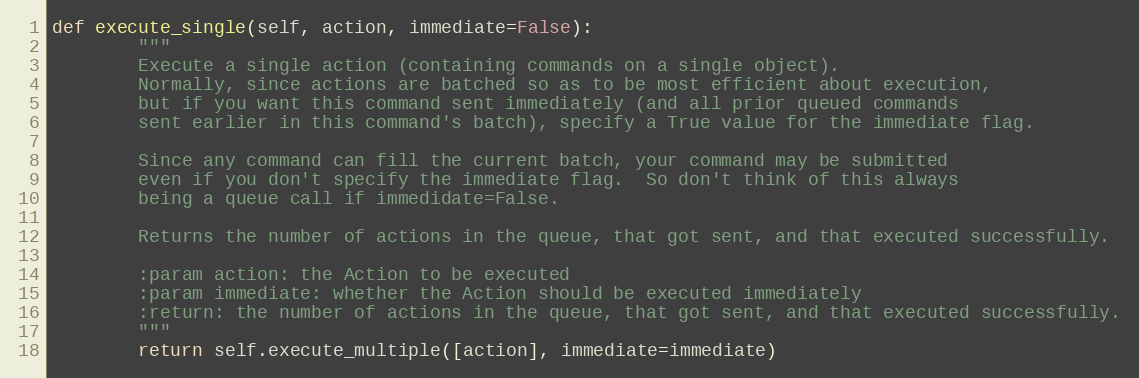
Language: Python
def execute_single(self, action, immediate=False):
        """
        Execute a single action (containing commands on a single object).
        Normally, since actions are batched so as to be most efficient about execution,
        but if you want this command sent immediately (and all prior queued commands
        sent earlier in this command's batch), specify a True value for the immediate flag.

        Since any command can fill the current batch, your command may be submitted
        even if you don't specify the immediate flag.  So don't think of this always
        being a queue call if immedidate=False.

        Returns the number of actions in the queue, that got sent, and that executed successfully.

        :param action: the Action to be executed
        :param immediate: whether the Action should be executed immediately
        :return: the number of actions in the queue, that got sent, and that executed successfully.
        """
        return self.execute_multiple([action], immediate=immediate)